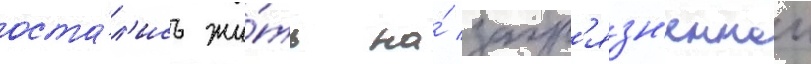
оста́л'ись жи́ть на́ загр'язн'еннои